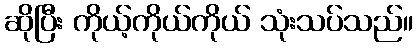
ဆိုပြီး ကိုယ့်ကိုယ်ကိုယ် သုံးသပ်သည်။